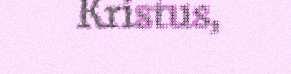
Kristus,